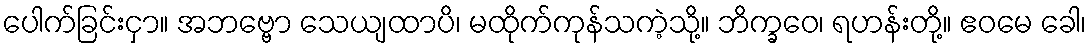
ပေါက်ခြင်းငှာ။ အဘဗ္ဗော သေယျထာပိ၊ မထိုက်ကုန်သကဲ့သို့။ ဘိက္ခဝေ၊ ရဟန်းတို့။ ဧဝမေ ခေါ၊